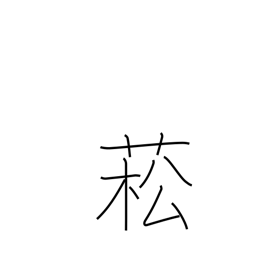
Meaning: type of rape plant